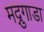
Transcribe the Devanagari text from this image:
मद्रुगाडा